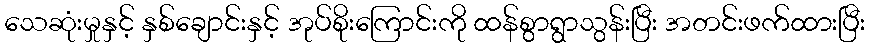
သေဆုံးမှုနှင့် နှစ်ချောင်းနှင့် အုပ်စိုးကြောင်းကို ထန်စွာရွာသွန်းပြီး အတင်းဖက်ထားပြီး